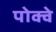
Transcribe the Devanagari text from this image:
पोक्वे